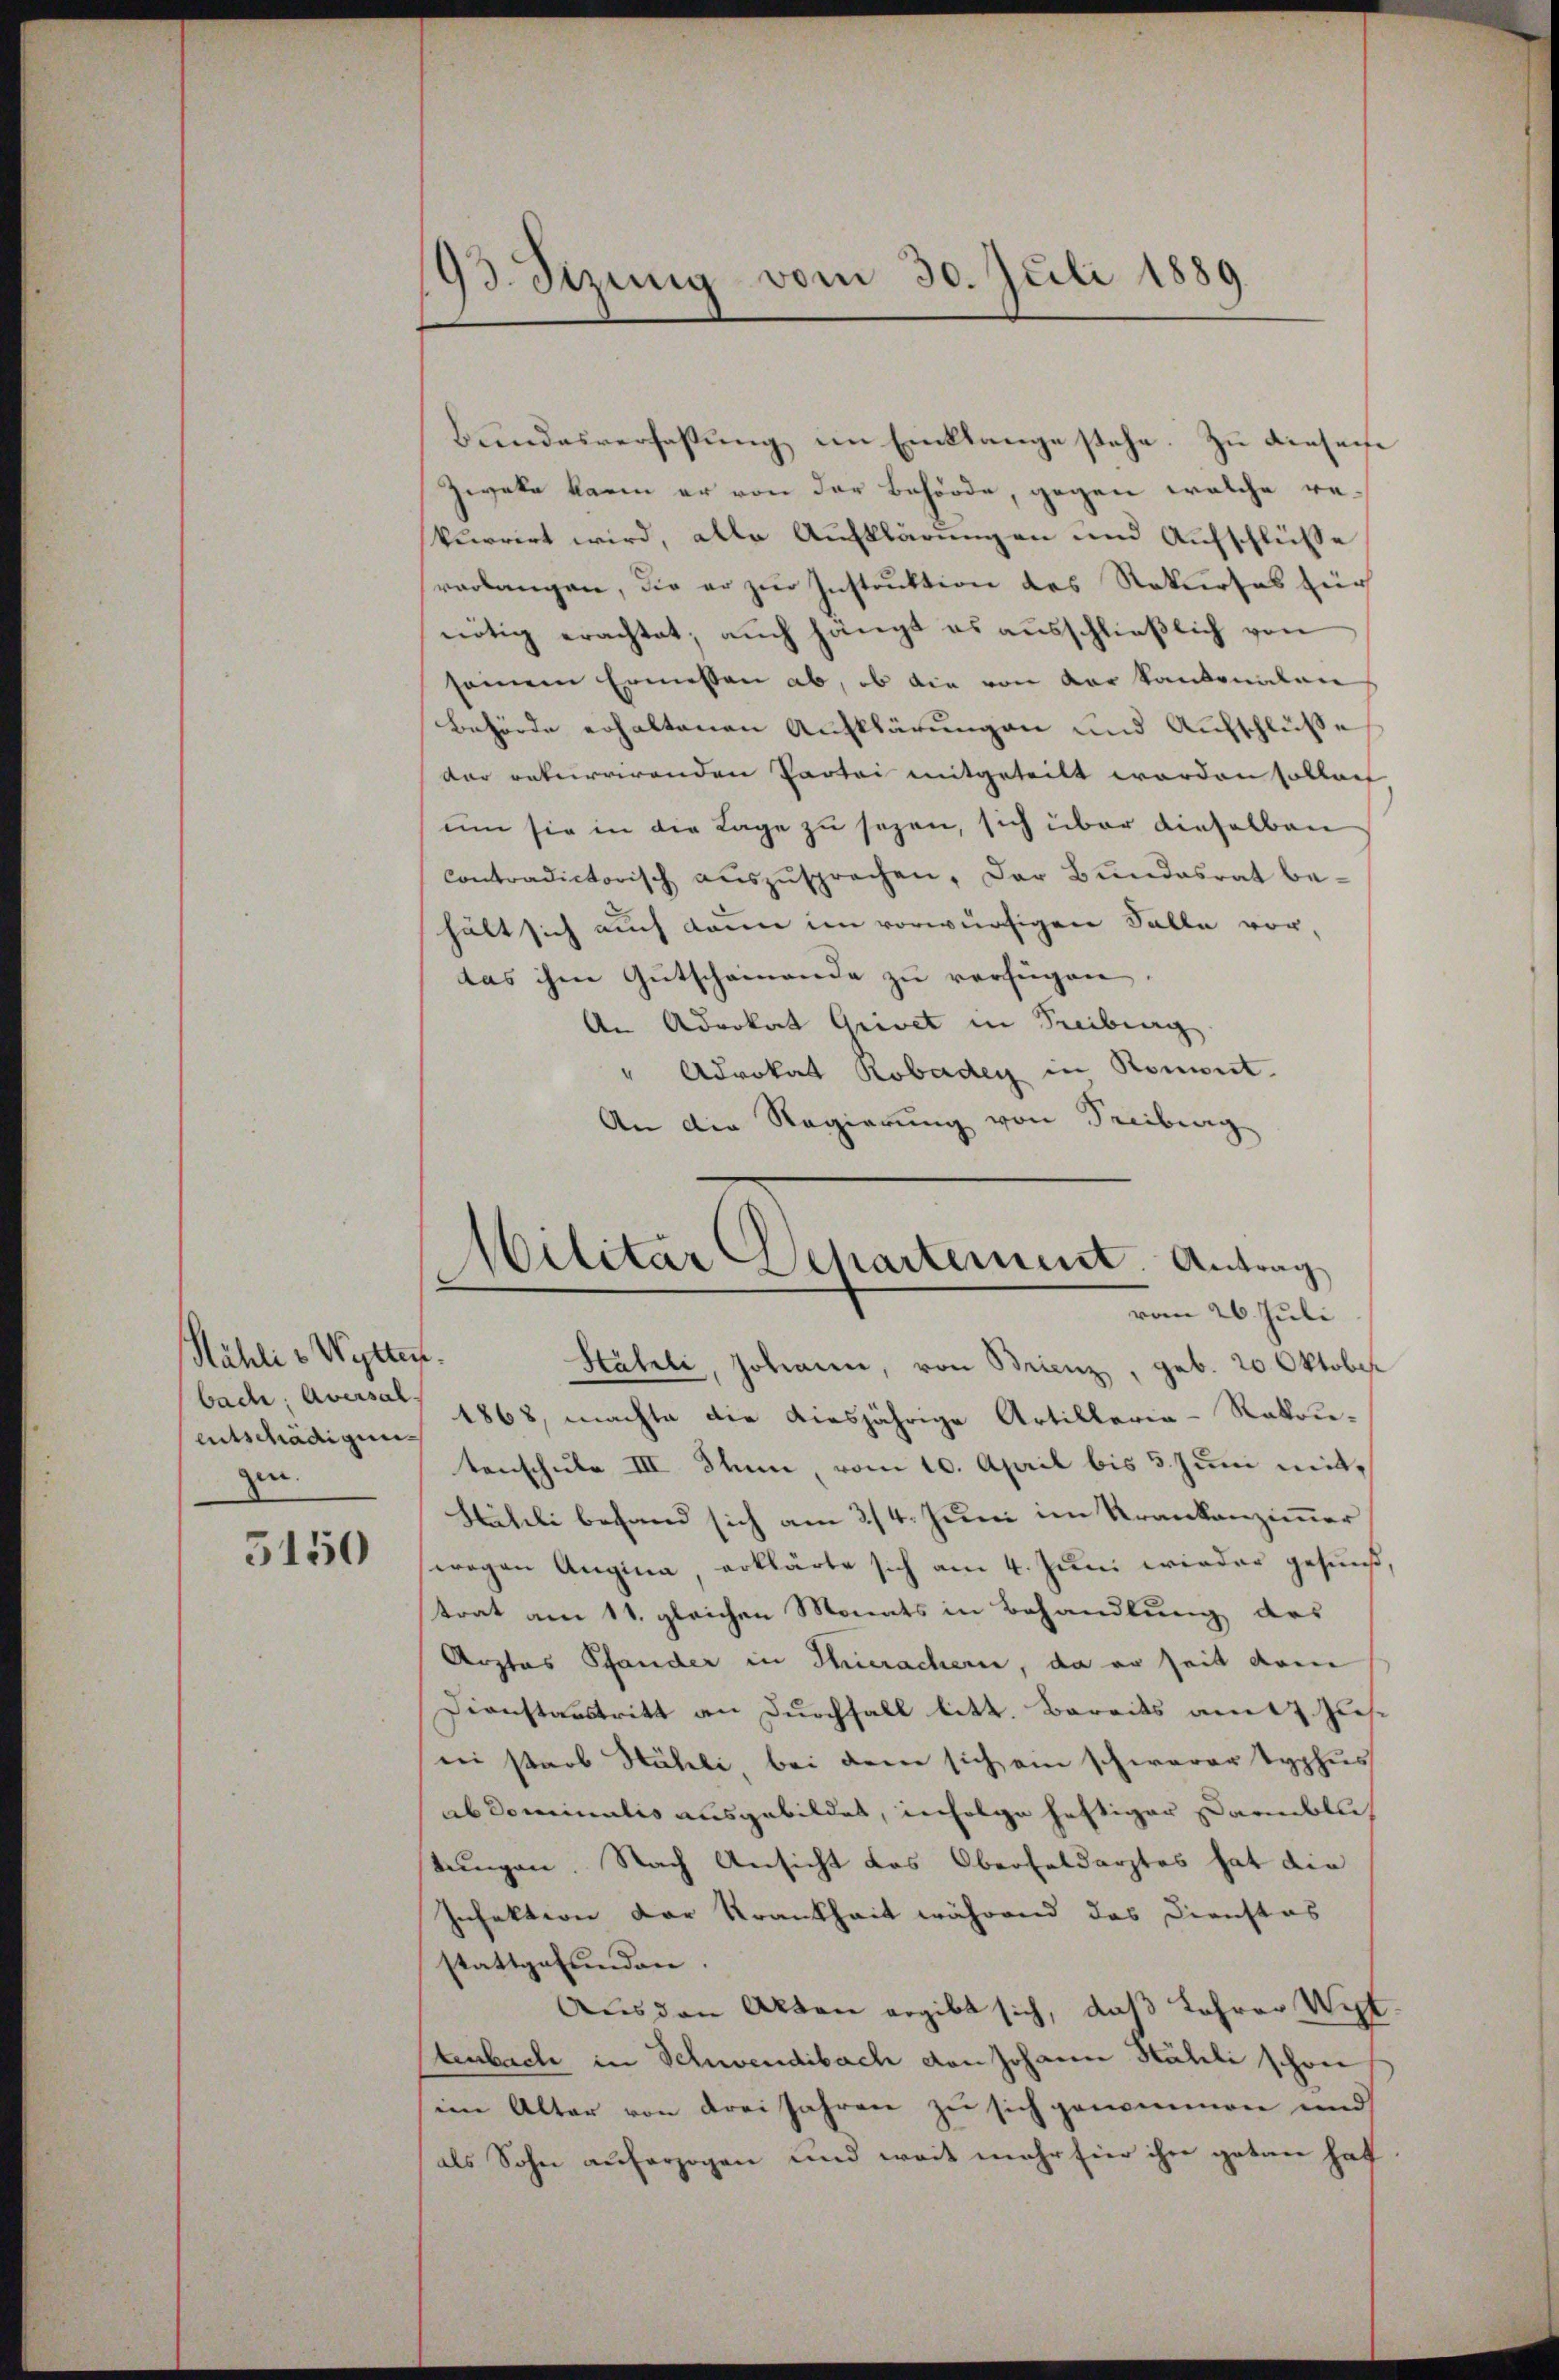
Kähli - Wetten.
entschädigung
zen.

5150

Bundesverfassung im Einklange stehe. Zu diesene
Zweke kann er von der Behörde, gegen welche rekurrirt wird, alle Aufklärungen und Aufschlüsse
verlangen, die er zur Instruktion des Natursab für
nötig erachtet; auch hängt es ausschließlich von
seinem Ermessen ab, ob die von der kantonalen
Behörde erhaltenen Aufklärungen und Aufschlüße
dar rekurrirenden Partei mitgeteilt worden sollen
um sie in die Lage zu sezen, sich über dieselben
contradictorisch aŭszŭsprechen, der Bŭndesrat be-
hält sich auch dann im vorwürfigen Falle vor,
das ihm Gutscheinande zu verfügen.
An Advokat Grivet in Treiburg
" Advokat Robadey in Konnt.
An die Regierung von Freiburg

193. Sizung vom 30. Juli 1889.

Militar Departement. Antrag
vom 26. Juli

Stäheli, Johanen, von Brienz, geb. 20 Oktober
bach, Averst 1868, machte die diesjährige Artillerie-Rakrutenschule III. Senn, vom 10. April bis 5. Juni mit¬
Hiteli behand sich am 2/4. Juni im Krankenzimmer
(wegen Augina, erklärte sich am 4. Juni wieder gesund,
trat am 11. gleichen Monats in Behandlung des
Arztes Pfander in Huerachern, da er seit dem
Dienstaustritt an Durchfall litt. Bereits am 7. Jus
ii starb Hähli bei dem sich ein schwerer Typhus
abdominalis ausgebildet, infolge heftiger Darüblich
stungen. Nach Ansicht das Oberfeldarztes hat die
Infektion der Krankheit während das Dienstos
stattgefunden.
Ausden Akten ergibt sich, daß Lehren Wil
Ctenbach in Schwendibach von Johann Hälili schon
im Alter von drei Jahren zu sich genommen und
als Sohn auferzogen und weit mehr für ihn getan hat